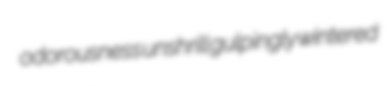
odorousness unshrill gulpingly wintered